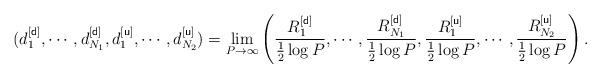
LaTeX: \begin{align*}(d^{[{\sf d}]}_1,\cdots,d_{N_1}^{[{\sf d}]},d^{[{\sf u}]}_1,\cdots,d_{N_2}^{[{\sf u}]})=\lim_{P\to\infty}\left(\frac{R^{[{\sf d}]}_1}{\frac{1}{2}\log P},\cdots,\frac{R^{[{\sf d}]}_{N_1}}{\frac{1}{2}\log P},\frac{R^{[{\sf u}]}_1}{\frac{1}{2}\log P},\cdots,\frac{R^{[{\sf u}]}_{N_2}}{\frac{1}{2}\log P}\right).\end{align*}